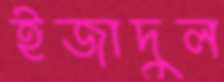
ইজাদুল